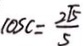
\cos C = \frac { 2 \sqrt { 5 } } { 5 }